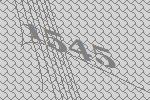
1545